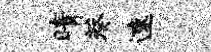
晴葵速